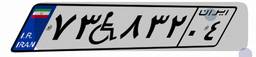
۷۳W۸۳۲۰۴